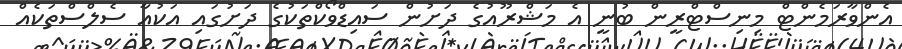
އެންވާރަމެންޓް މިނިސްޓްރީން ބުނީ އެ މަޝްރޫއުގެ ދަށުން ސައިޑްވޯކްތަކުގެ ދަށުގައި އަކުއާ ސެލްސްތަކެއް